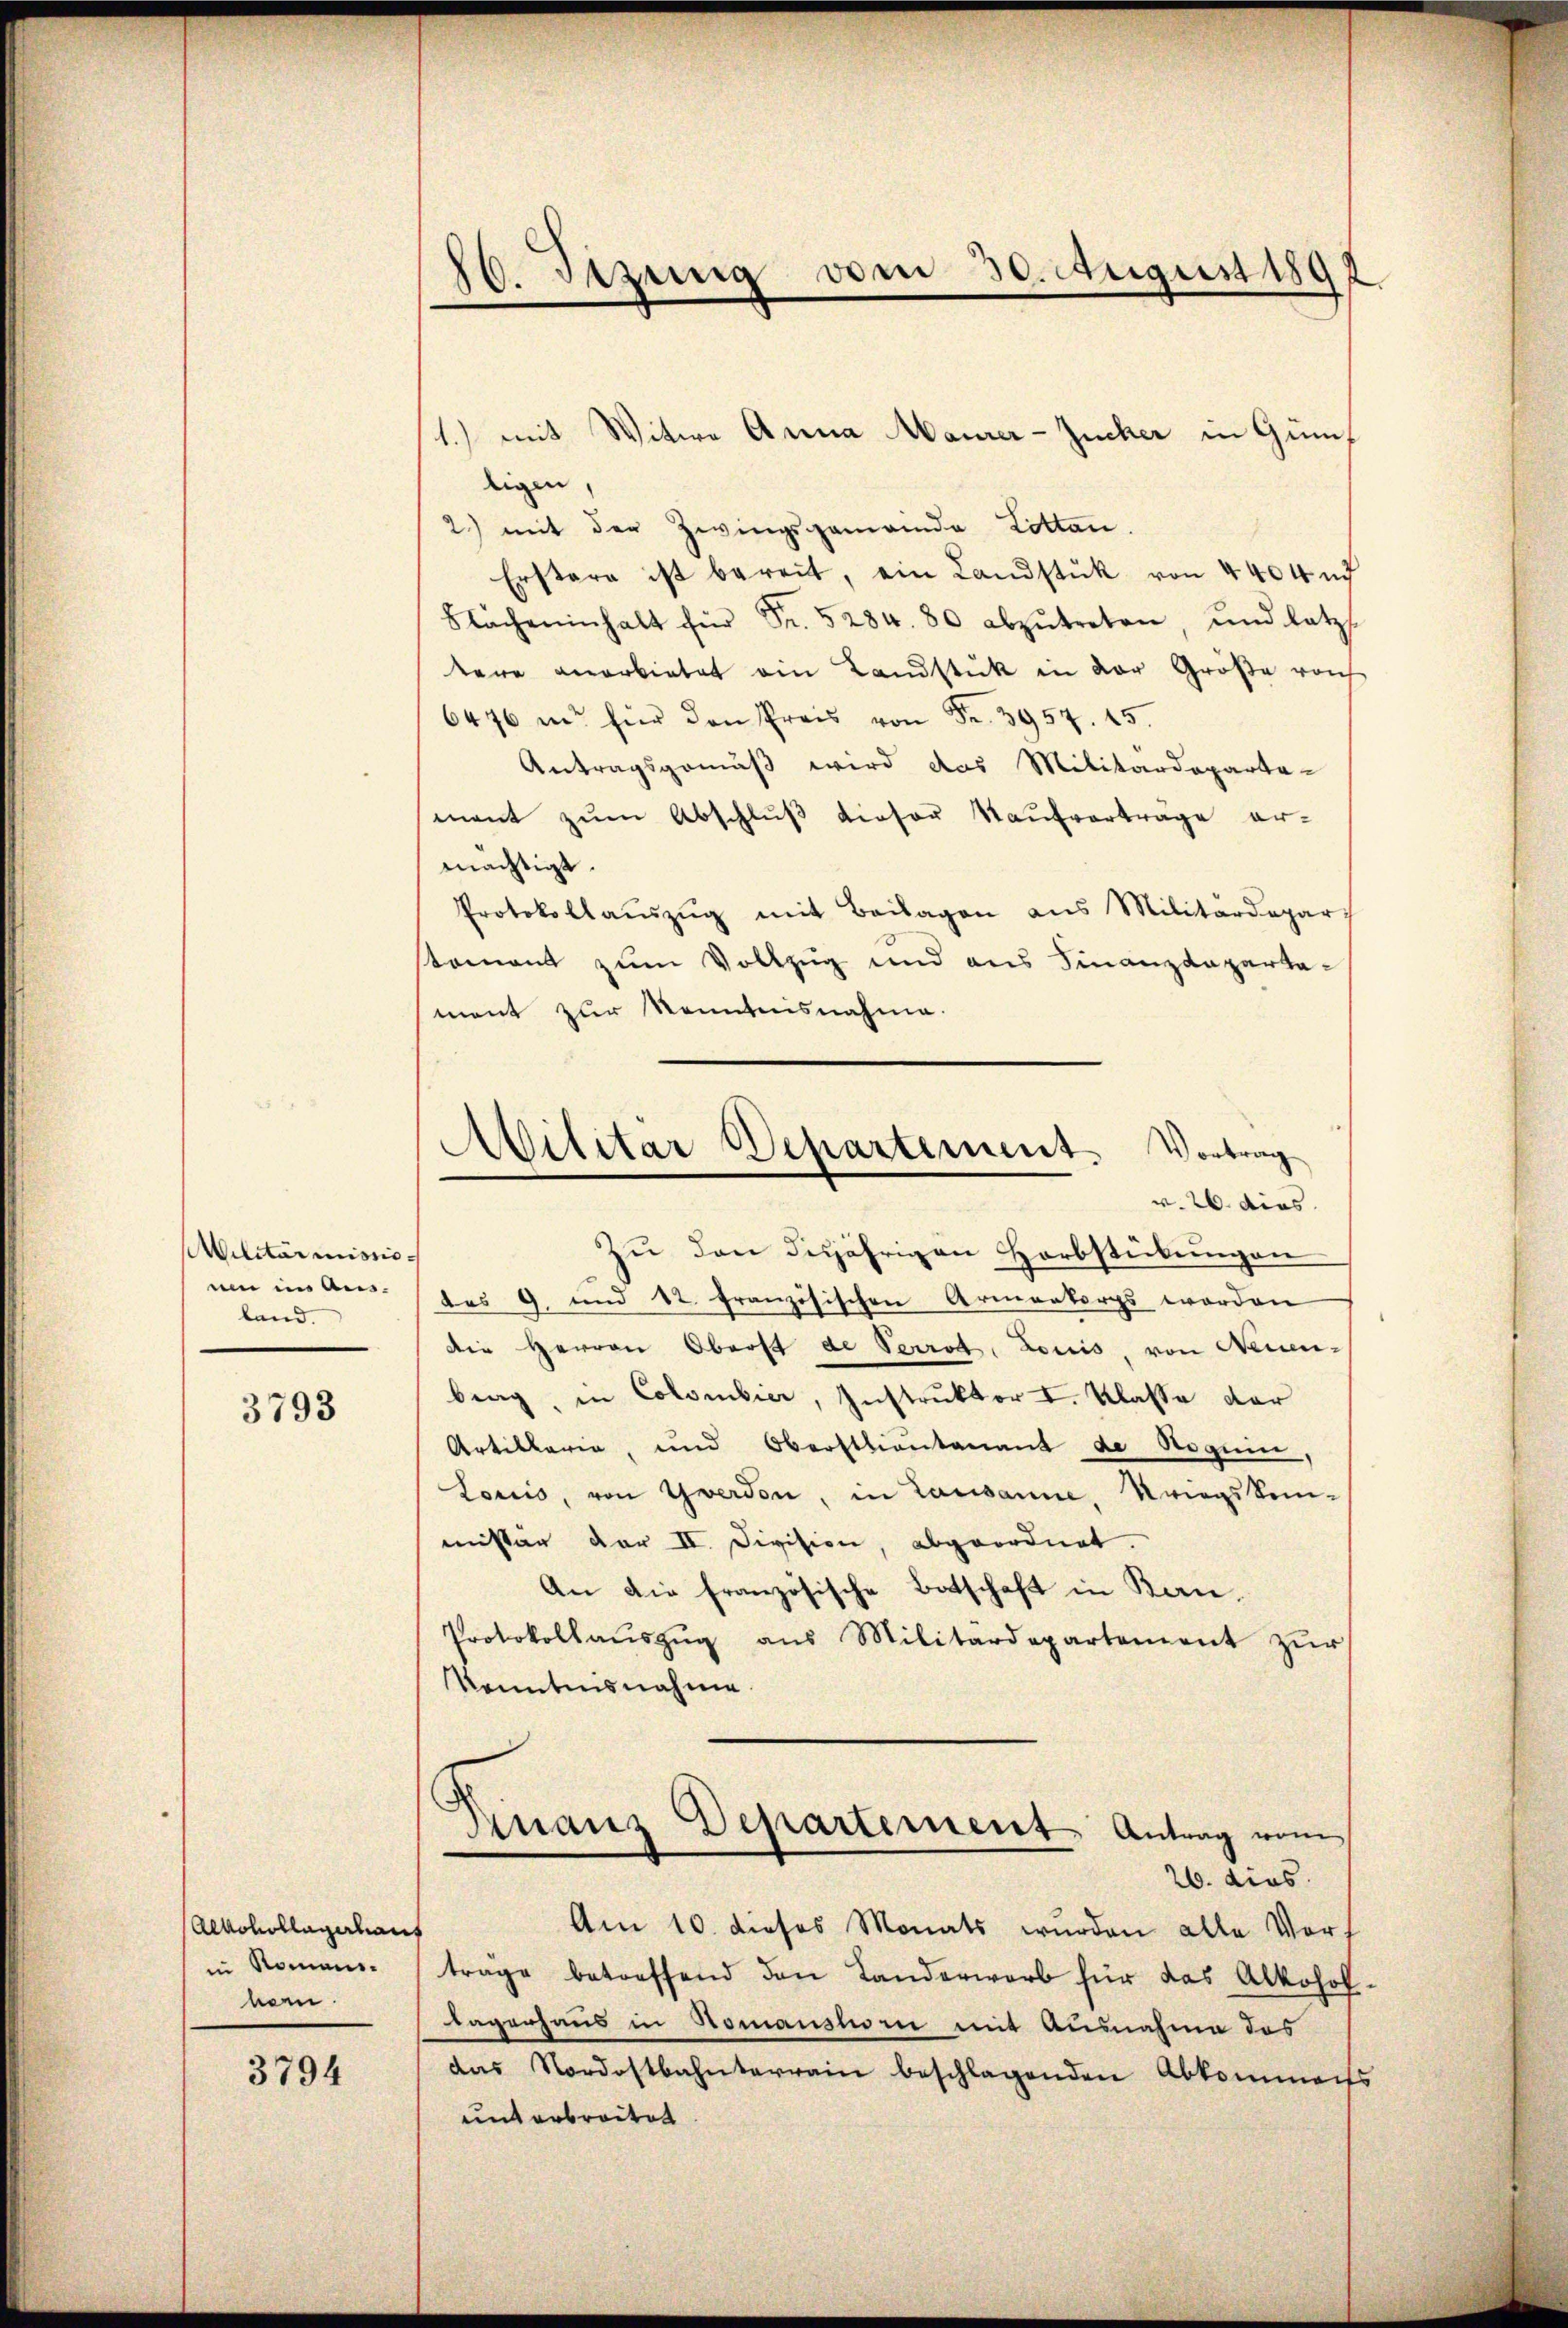
Militar missio
ue in Ausland.

3793

Alkohollagerhaus
in Romani-
been

3794

80. Sizung vom 30. August 1892
.

Militar Departement. Vortrag
v. 26. dies

1.) mit Witwe Anna Maurer-Zucker in Gunligen,
2) mit der Zwingsgemeinde Lotten.
Erstern ist bereit, ein Landstük von 4404 n
Sacheninhalt für Fr. 5284. 80 abzŭtreten, und letzt
tere anerbietet ein Landstük in der Größe roch
6476 in für den Preis von Fr. 3957. 15.
Antragsgemäß wird das Militärdeparte-
mant zŭm Abschlŭβ dieser Kaŭfverträge er-
mächtigt.
Protokollaŭszŭg mit Beilagen aus Militärdepar
tomant zum Vollzug und aus Finanzdepartament zur Kenntensnahme.
Zu den desjährigen Herbstückungen
des 9. und 12. Französischen Armenkorps worden
Die Herren Oberst de Perrot, Louis, von Neuen-
brag, in Colombier, Instruktor I. Klasse der
Artillerien, und Oberstantenant de Roguin,
Loriis, von Yverdon, in Lausanne, Kriegskom-
missar vor II. Division, abgeordnet.
An die französische Botschaft in Kan¬
Protokollaŭszŭg ans Militärdepartement zŭr
Kenntnisnahme
Finanz Departement. Antrag vom
26. dies
Am 10. dieses Monats wurden alle Vorf
trage betreffend den Landerwerb für das Alkohollagerhaus in Romanshor mit Ausnahme des
das Nordostbahnterrain beschlagenden Abkomments
unt arbreitet